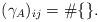
LaTeX: \begin{align*}(\gamma_A)_{ij}=\#\{ \}.\end{align*}